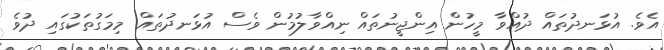
އެވެ. އުޅަނދުތައް ދުއްވާ މީހުން އިންޖީނުތައް ނިއްވާލުމުން ވެސް އުޅަނދުތައް މިމަގުތަކުގައި ދުވެ